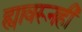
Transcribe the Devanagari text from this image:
ह्यावरूनही